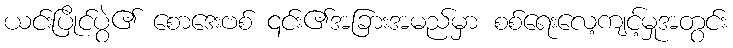
ယင်းပြိုင်ပွဲ၏ စောဒေးဗစ် ၎င်း၏အခြားအမည်မှာ စစ်ရေးလေ့ကျင့်မှုအတွင်း